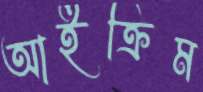
আইক্রিম